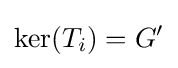
\ker(T_{i})=G'